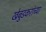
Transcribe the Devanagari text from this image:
खेबुडकरांच्या